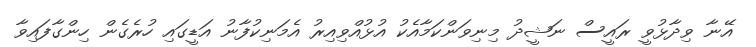
އޭނާ ވިދާޅުވީ ރައީސް ނަޝީދު މިނިވަންކަމާއެކު އުޅުއްވިއިރު އެމަނިކުފާނު އަޑީގައި ހުރެގެން ހިންގާފައިވާ